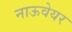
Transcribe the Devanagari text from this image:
नाऊवेयर